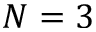
N = 3